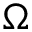
\boldsymbol \Omega